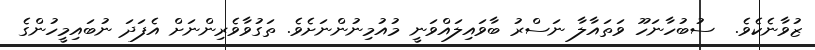
ޒުވާނެކެވެ.  ސުބުހާނަހޫ ވަތައާލާ ނަސްރު ބާވައިލައްވަނީ މުއުމިނުންނަށެވެ. ތަގުވާވެރިންނަށް އެފަދަ ނުބައިމީހުންގެ